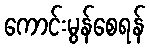
ကောင်းမွန်စေရန်